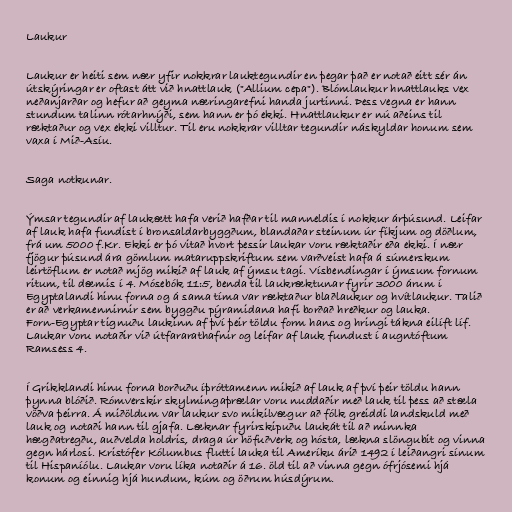
Laukur

Laukur er heiti sem nær yfir nokkrar lauktegundir en þegar það er notað eitt sér án
útskýringar er oftast átt við hnattlauk ("Allium cepa"). Blómlaukur hnattlauks vex
neðanjarðar og hefur að geyma næringarefni handa jurtinni. Þess vegna er hann
stundum talinn rótarhnýði, sem hann er þó ekki. Hnattlaukur er nú aðeins til
ræktaður og vex ekki villtur. Til eru nokkrar villtar tegundir náskyldar honum sem
vaxa í Mið-Asíu.

Saga notkunar.

Ýmsar tegundir af laukætt hafa verið hafðar til manneldis í nokkur árþúsund. Leifar
af lauk hafa fundist í bronsaldarbyggðum, blandaðar steinum úr fíkjum og döðlum,
frá um 5000 f.Kr. Ekki er þó vitað hvort þessir laukar voru ræktaðir eða ekki. Í nær
fjögur þúsund ára gömlum mataruppskriftum sem varðveist hafa á súmerskum
leirtöflum er notað mjög mikið af lauk af ýmsu tagi. Vísbendingar í ýmsum fornum
ritum, til dæmis í 4. Mósebók 11:5, benda til laukræktunar fyrir 3000 árum í
Egyptalandi hinu forna og á sama tíma var ræktaður blaðlaukur og hvítlaukur. Talið
er að verkamennirnir sem byggðu pýramidana hafi borðað hreðkur og lauka.
Forn-Egyptar tignuðu laukinn af því þeir töldu form hans og hringi tákna eilíft líf.
Laukar voru notaðir við útfararathafnir og leifar af lauk fundust í augntóftum
Ramsess 4.

Í Grikklandi hinu forna borðuðu íþróttamenn mikið af lauk af því þeir töldu hann
þynna blóðið. Rómverskir skylmingaþrælar voru nuddaðir með lauk til þess að stæla
vöðva þeirra. Á miðöldum var laukur svo mikilvægur að fólk greiddi landskuld með
lauk og notaði hann til gjafa. Læknar fyrirskipuðu laukát til að minnka
hægðatregðu, auðvelda holdris, draga úr höfuðverk og hósta, lækna slöngubit og vinna
gegn hárlosi. Kristófer Kólumbus flutti lauka til Ameríku árið 1492 í leiðangri sínum
til Hispaníólu. Laukar voru líka notaðir á 16. öld til að vinna gegn ófrjósemi hjá
konum og einnig hjá hundum, kúm og öðrum húsdýrum.